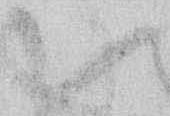
候